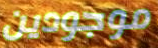
موجودين